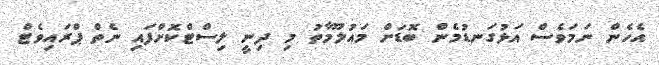
އެހެން ނަމަވެސް އަޅުގަނޑުމެން ބޮޑަށް މައުލޫމާތު މި ދިނީ ލިސްޓްކޮށްފައި ނެތް ޕްރައިވެޓް